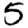
Digit: 5